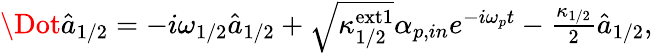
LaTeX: \begin{array}{r}{\Dot{\hat{a}}_{1/2}=-i\omega_{1/2}\hat{a}_{1/2}+\sqrt{\kappa_{1/2}^{\mathrm{ext1}}}\alpha_{p,in}e^{-i\omega_{p}t}-\frac{\kappa_{1/2}}{2}\hat{a}_{1/2},}\end{array}